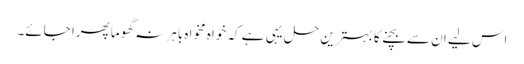
اس لیے ان سے بچنے کا بہترین حل یہی ہے کہ خواہ مخواہ باہر نہ گھوما پھرا جائے۔